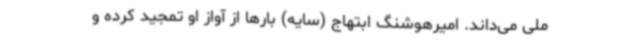
ملی می‌داند. امیرهوشنگ ابتهاج (سایه) بارها از آواز او تمجید کرده و